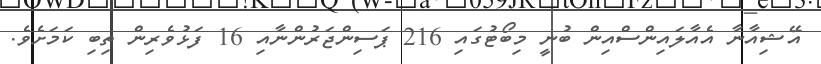
އޭޝިއާނާ އެއާލައިންސްއިން ބުނީ މިބޯޓުގައި 216 ޕަސިންޖަރުންނާއި 16 ފަޅުވެރިން ތިބި ކަަމަށެވެ.